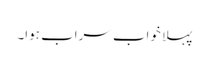
پہلا خواب سراب ہوا۔